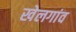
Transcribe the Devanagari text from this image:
खेलगांव